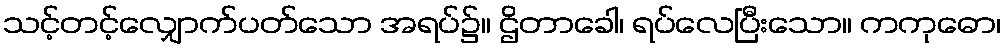
သင့်တင့်လျှောက်ပတ်သော အရပ်၌။ ဌိတာခေါ၊ ရပ်လေပြီးသော။ ကကုဓော၊